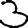
Digit: 3